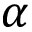
\alpha